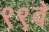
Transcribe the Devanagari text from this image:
९९वे